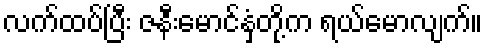
လက်ထပ်ပြီး ဇနီးမောင်နှံတို့က ရယ်မောလျက်။